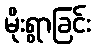
မိုးရွာခြင်း